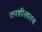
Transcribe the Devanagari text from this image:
तपशीलातच